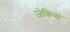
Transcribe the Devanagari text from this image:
ज़ेकिस